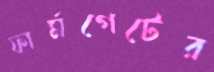
ফার্মগেটের